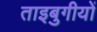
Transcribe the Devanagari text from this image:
ताइबुगीयों